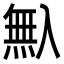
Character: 𠓺